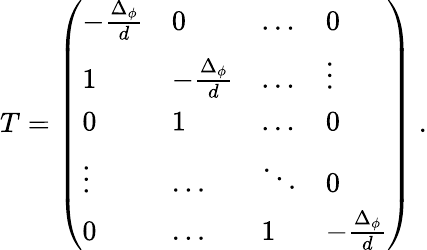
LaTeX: T=\left(\begin{array}{llll}{{-\frac{\Delta_{\phi}}{d}}}&{{0}}&{{\ldots}}&{{0}}\\ {{1}}&{{-\frac{\Delta_{\phi}}{d}}}&{{\ldots}}&{{\vdots}}\\ {{0}}&{{1}}&{{\ldots}}&{{0}}\\ {{\vdots}}&{{\ldots}}&{{\ddots}}&{{0}}\\ {{0}}&{{\ldots}}&{{1}}&{{-\frac{\Delta_{\phi}}{d}}}\end{array}\right)~.